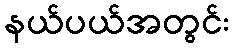
နယ်ပယ်အတွင်း